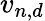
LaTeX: v_{n,d}